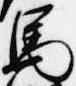
馬